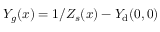
Y _ { g } ( x ) = 1 / Z _ { s } ( x ) - { Y } _ { \mathrm { d } } ( 0 , 0 )